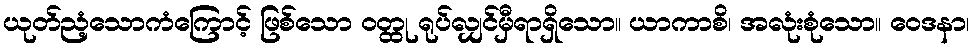
ယုတ်ညံ့သောကံကြောင့် ဖြစ်သော ဝတ္ထု ရုပ်လျှင်မှီရာရှိသော။ ယာကာစိ၊ အလုံးစုံသော။ ဝေဒနာ၊